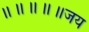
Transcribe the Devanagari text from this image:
॥॥॥॥॥जय